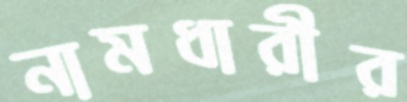
নামধারীর